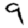
Digit: 9